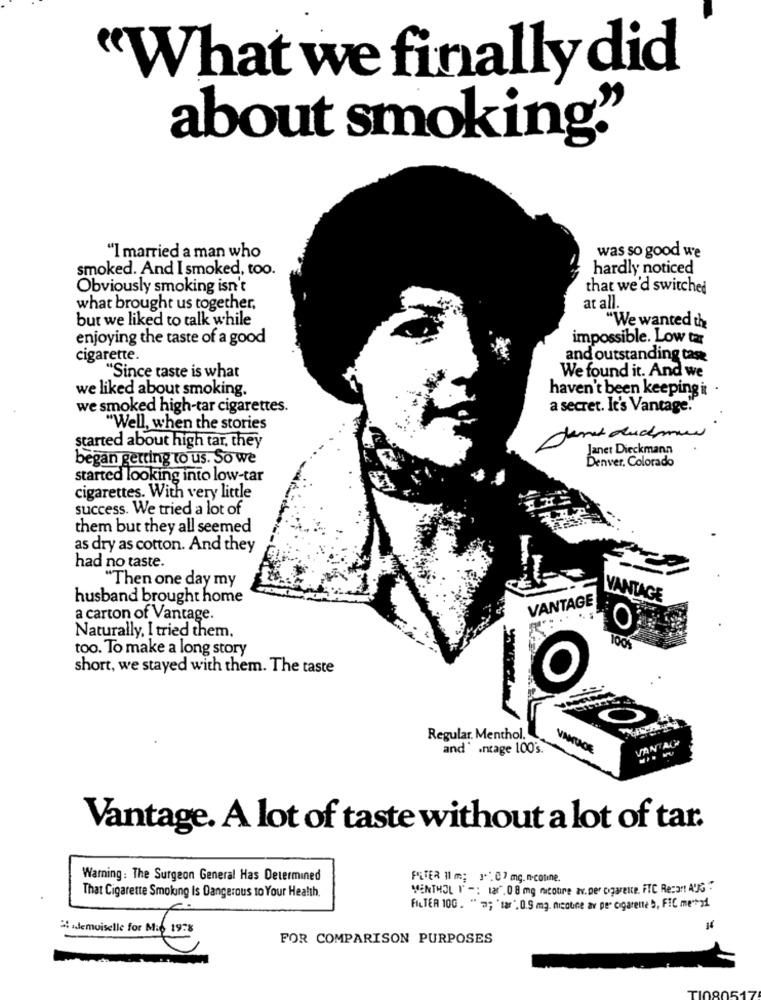
"What we finally did
about smoking""
was so good we
"I married a man who
smoked. And I smoked, too.
hardly noticed
Obviously smoking isn't
that we'd switched
what brought us together,
at all.
but we liked to talk while
"We wanted the
enjoying the taste of a good
impossible. Low tar
cigarette.
and outstanding task
"Since taste is what
We found it. And we
we liked about smoking.
haven't been keeping it
we smoked high-tar cigarettes.
a secret. It's Vantage."
"Well, when the stories
started about high tar, they
Janet Dieckmann
began getting to us. So we
Denver, Colorado
started looking into low-tar
cigarettes. With very little
success. We tried a lot of
them but they all seemed
as dry as cotton. And they
had no taste.
"Then one day my
husband brought home
VANTAGE
VANTAGE
a carton of Vantage.
O
Naturally, I tried them.
too. To make a long story
short, we stayed with them. The taste
Regular. Menthol.
VANTAG
and antage 100's.
Vantage. A lot of taste without a lot of tar.
Warning: The Surgeon General Has Determined
PETER 11 m; J"" C 7 mg.n-conne.
MENTHOL I' -: 120.08 mg nicotine av. Der ogareice, FTC Recant AUG
That Cigarette Smoking Is Dangerous to Your Health.
FILTER 100. " "; 'lar', 0.5 mg. nicoone av per cigarette , FIC me 21
Mademoiselle for Mis 1978
14
FOR COMPARISON PURPOSES
TI080